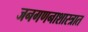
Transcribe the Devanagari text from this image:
जनगणनाशास्त्रात